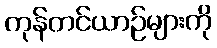
ကုန်တင်ယာဉ်များကို